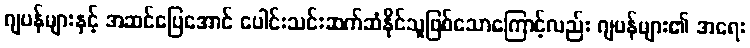
ဂျပန်များနှင့် အဆင်ပြေအောင် ပေါင်းသင်းဆက်ဆံနိုင်သူဖြစ်သောကြောင့်လည်း ဂျပန်များ၏ အရေး